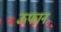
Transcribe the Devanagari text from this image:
ऊफान